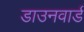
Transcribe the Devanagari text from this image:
डाउनवार्ड